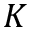
K